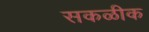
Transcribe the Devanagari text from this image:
सकळीक